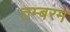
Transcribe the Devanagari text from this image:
तम्बरम